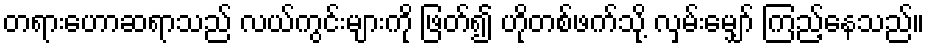
တရားဟောဆရာသည် လယ်ကွင်းများကို ဖြတ်၍ ဟိုတစ်ဖက်သို့ လှမ်းမျှော် ကြည့်နေသည်။